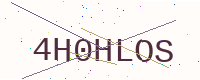
Text: 4H0HLOS